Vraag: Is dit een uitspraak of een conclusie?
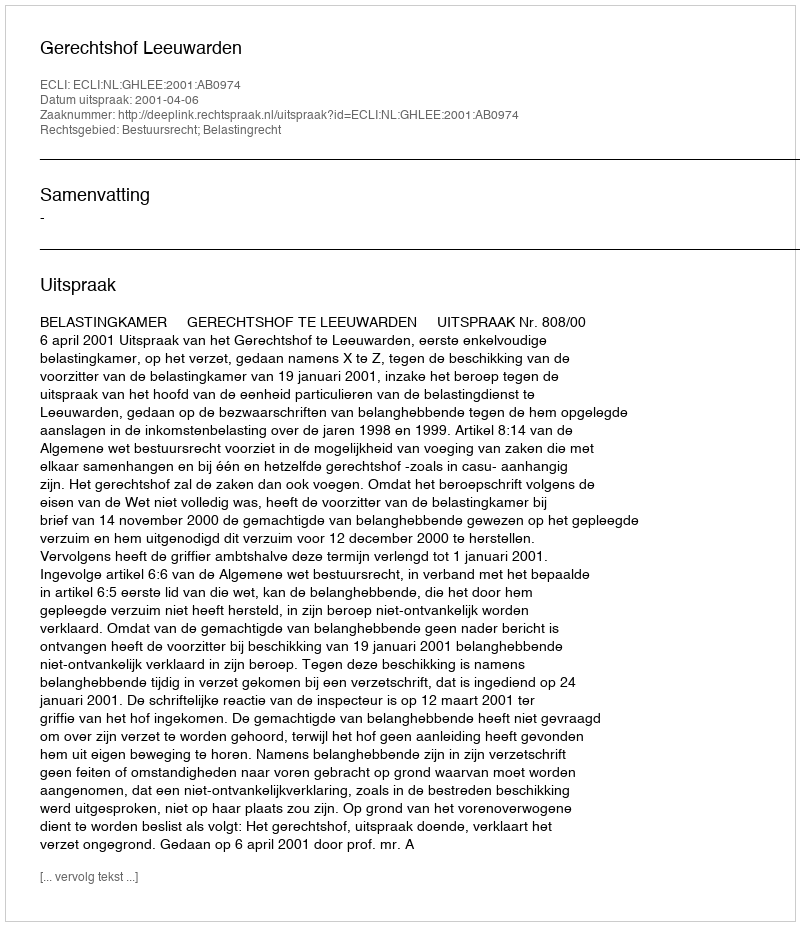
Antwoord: Uitspraak